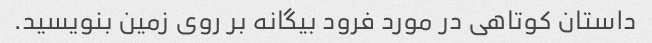
داستان کوتاهی در مورد فرود بیگانه بر روی زمین بنویسید.